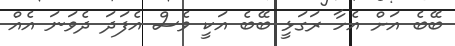
ބޭބެ އަށް އެހާ ރަގަޅީ ބޭބެ އަކީ ވެސް އެފަދަ ދެވަނަ އެއް